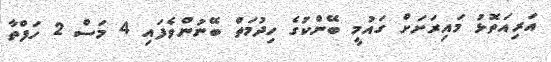
އަރިއަތޮޅު މައިރަށަށް ގައުމީ ބޭންކުގެ ހިދުމަތް ބޭނުންވެފައި 4 މަސް 2 ހަފްތާ